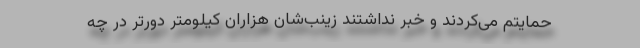
حمایتم می‌کردند و خبر نداشتند زینب‌شان هزاران کیلومتر دورتر در چه